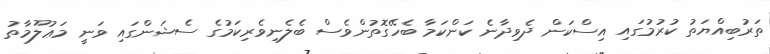
ތަރުބިއްޔަތު ކުރުމުގައި އިސްކަން ދެވިދާނެ ކަންކަމާ ބެހޭގޮތުންވެސް ބެލެނިވެރިކަމުގެ ސެޝަންގައި ވަނީ މަޢުލޫމާތު